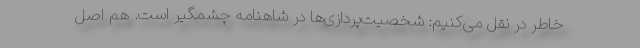
خاطر در نقل می‌کنیم: شخصیت‌پردازی‌ها در شاهنامه چشمگیر است. هم اصل